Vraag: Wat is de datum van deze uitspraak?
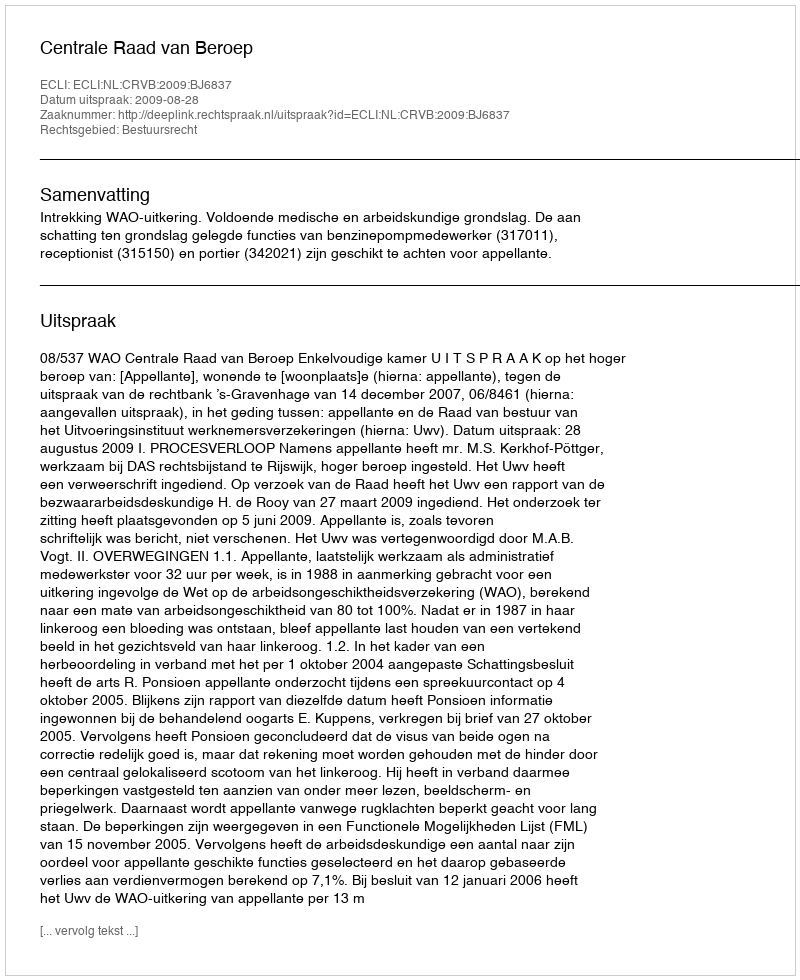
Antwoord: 2009-08-28